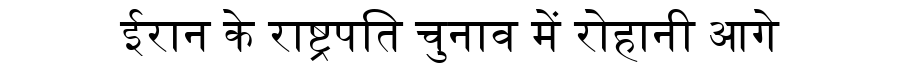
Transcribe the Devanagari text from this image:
ईरान के राष्ट्रपति चुनाव में रोहानी आगे